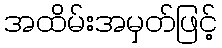
အထိမ်းအမှတ်ဖြင့်